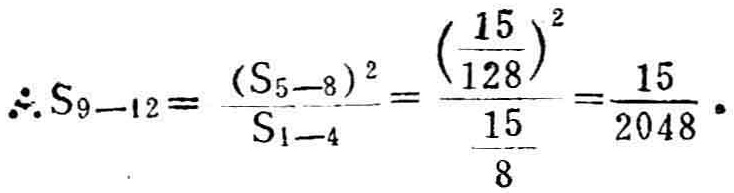
\(\therefore S_{9 - 12}=\frac{(S_{5 - 8})^2}{S_{1 - 4}}=\frac{(\frac{15}{128})^2}{\frac{15}{8}}=\frac{15}{2048}\)